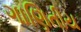
ગાણિતીય